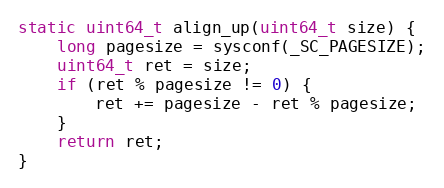
Language: C
static uint64_t align_up(uint64_t size) {
    long pagesize = sysconf(_SC_PAGESIZE);
    uint64_t ret = size;
    if (ret % pagesize != 0) {
        ret += pagesize - ret % pagesize;
    }
    return ret;
}